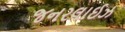
જનરલાઈઝ